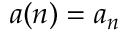
a ( n ) = a _ { n }